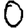
Digit: 0